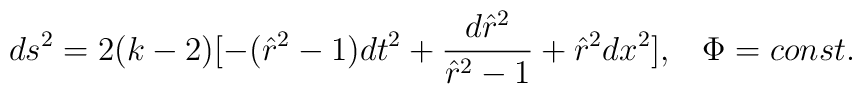
ds^2=2(k-2)[-(\hat{r}^2-1)dt^2+\frac{d\hat{r}^2}{\hat{r}^2-1}+\hat{r}^2 dx^2],\;\;\;\Phi=const.